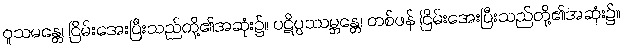
ဝူသမန္တေ၊ ငြိမ်းအေးပြီးသည်တို့၏အဆုံး၌။ ပဋိပ္ပဿမ္ဘန္တေ၊ တစ်ဖန် ငြိမ်းအေးပြီးသည်တို့၏အဆုံး၌။